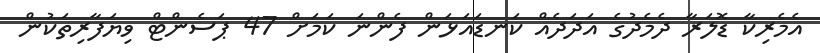
އެމެރިކާ ޑޮލަރާ ދެމެދުގެ އަދަދެއް ކަނޑައަޅަން ފެންނަ ކަމަށް 47 ޕަސެންޓް ވިޔަފާރިތަކުން